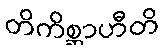
တိကိစ္ဆာဟီတိ